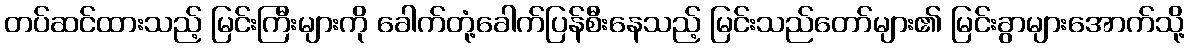
တပ်ဆင်ထားသည့် မြင်းကြီးများကို ခေါက်တုံ့ခေါက်ပြန်စီးနေသည့် မြင်းသည်တော်များ၏ မြင်းခွာများအောက်သို့